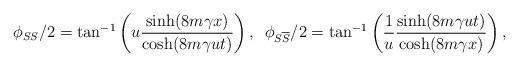
LaTeX: \begin{align*}\phi _{SS}/2=\tan^{-1} \left( u\frac{\sinh (8m\gamma x)}{\cosh(8m\gamma ut)}\right) ,\,\,\,\phi _{S\overline{S}}/2=\tan^{-1} \left( \frac{1}{u}\frac{\sinh (8m\gamma ut)}{\cosh (8m\gamma x)}\right) ,\end{align*}